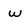
Character: w